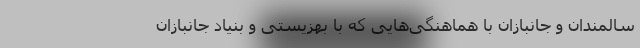
سالمندان و جانبازان با هماهنگی‌هایی که با بهزیستی و بنیاد جانبازان